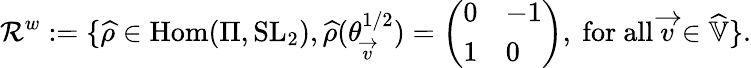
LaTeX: \mathcal{R}^{w}:=\{ \widehat{\rho}\in\operatorname{Hom}(\Pi,\operatorname{SL}_{2}),\widehat{\rho}(\theta_{\overrightarrow{v}}^{1/2})=\left(\begin{array}{ll}{0}&{-1}\\ {1}&{0}\end{array}\right)\mathrm{,~for~all~}\overrightarrow{v}\in\widehat{\mathbb{V}}\} .